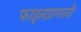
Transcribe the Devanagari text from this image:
फाइलप्रणाली